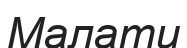
Малати